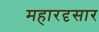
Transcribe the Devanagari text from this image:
महारदृसार